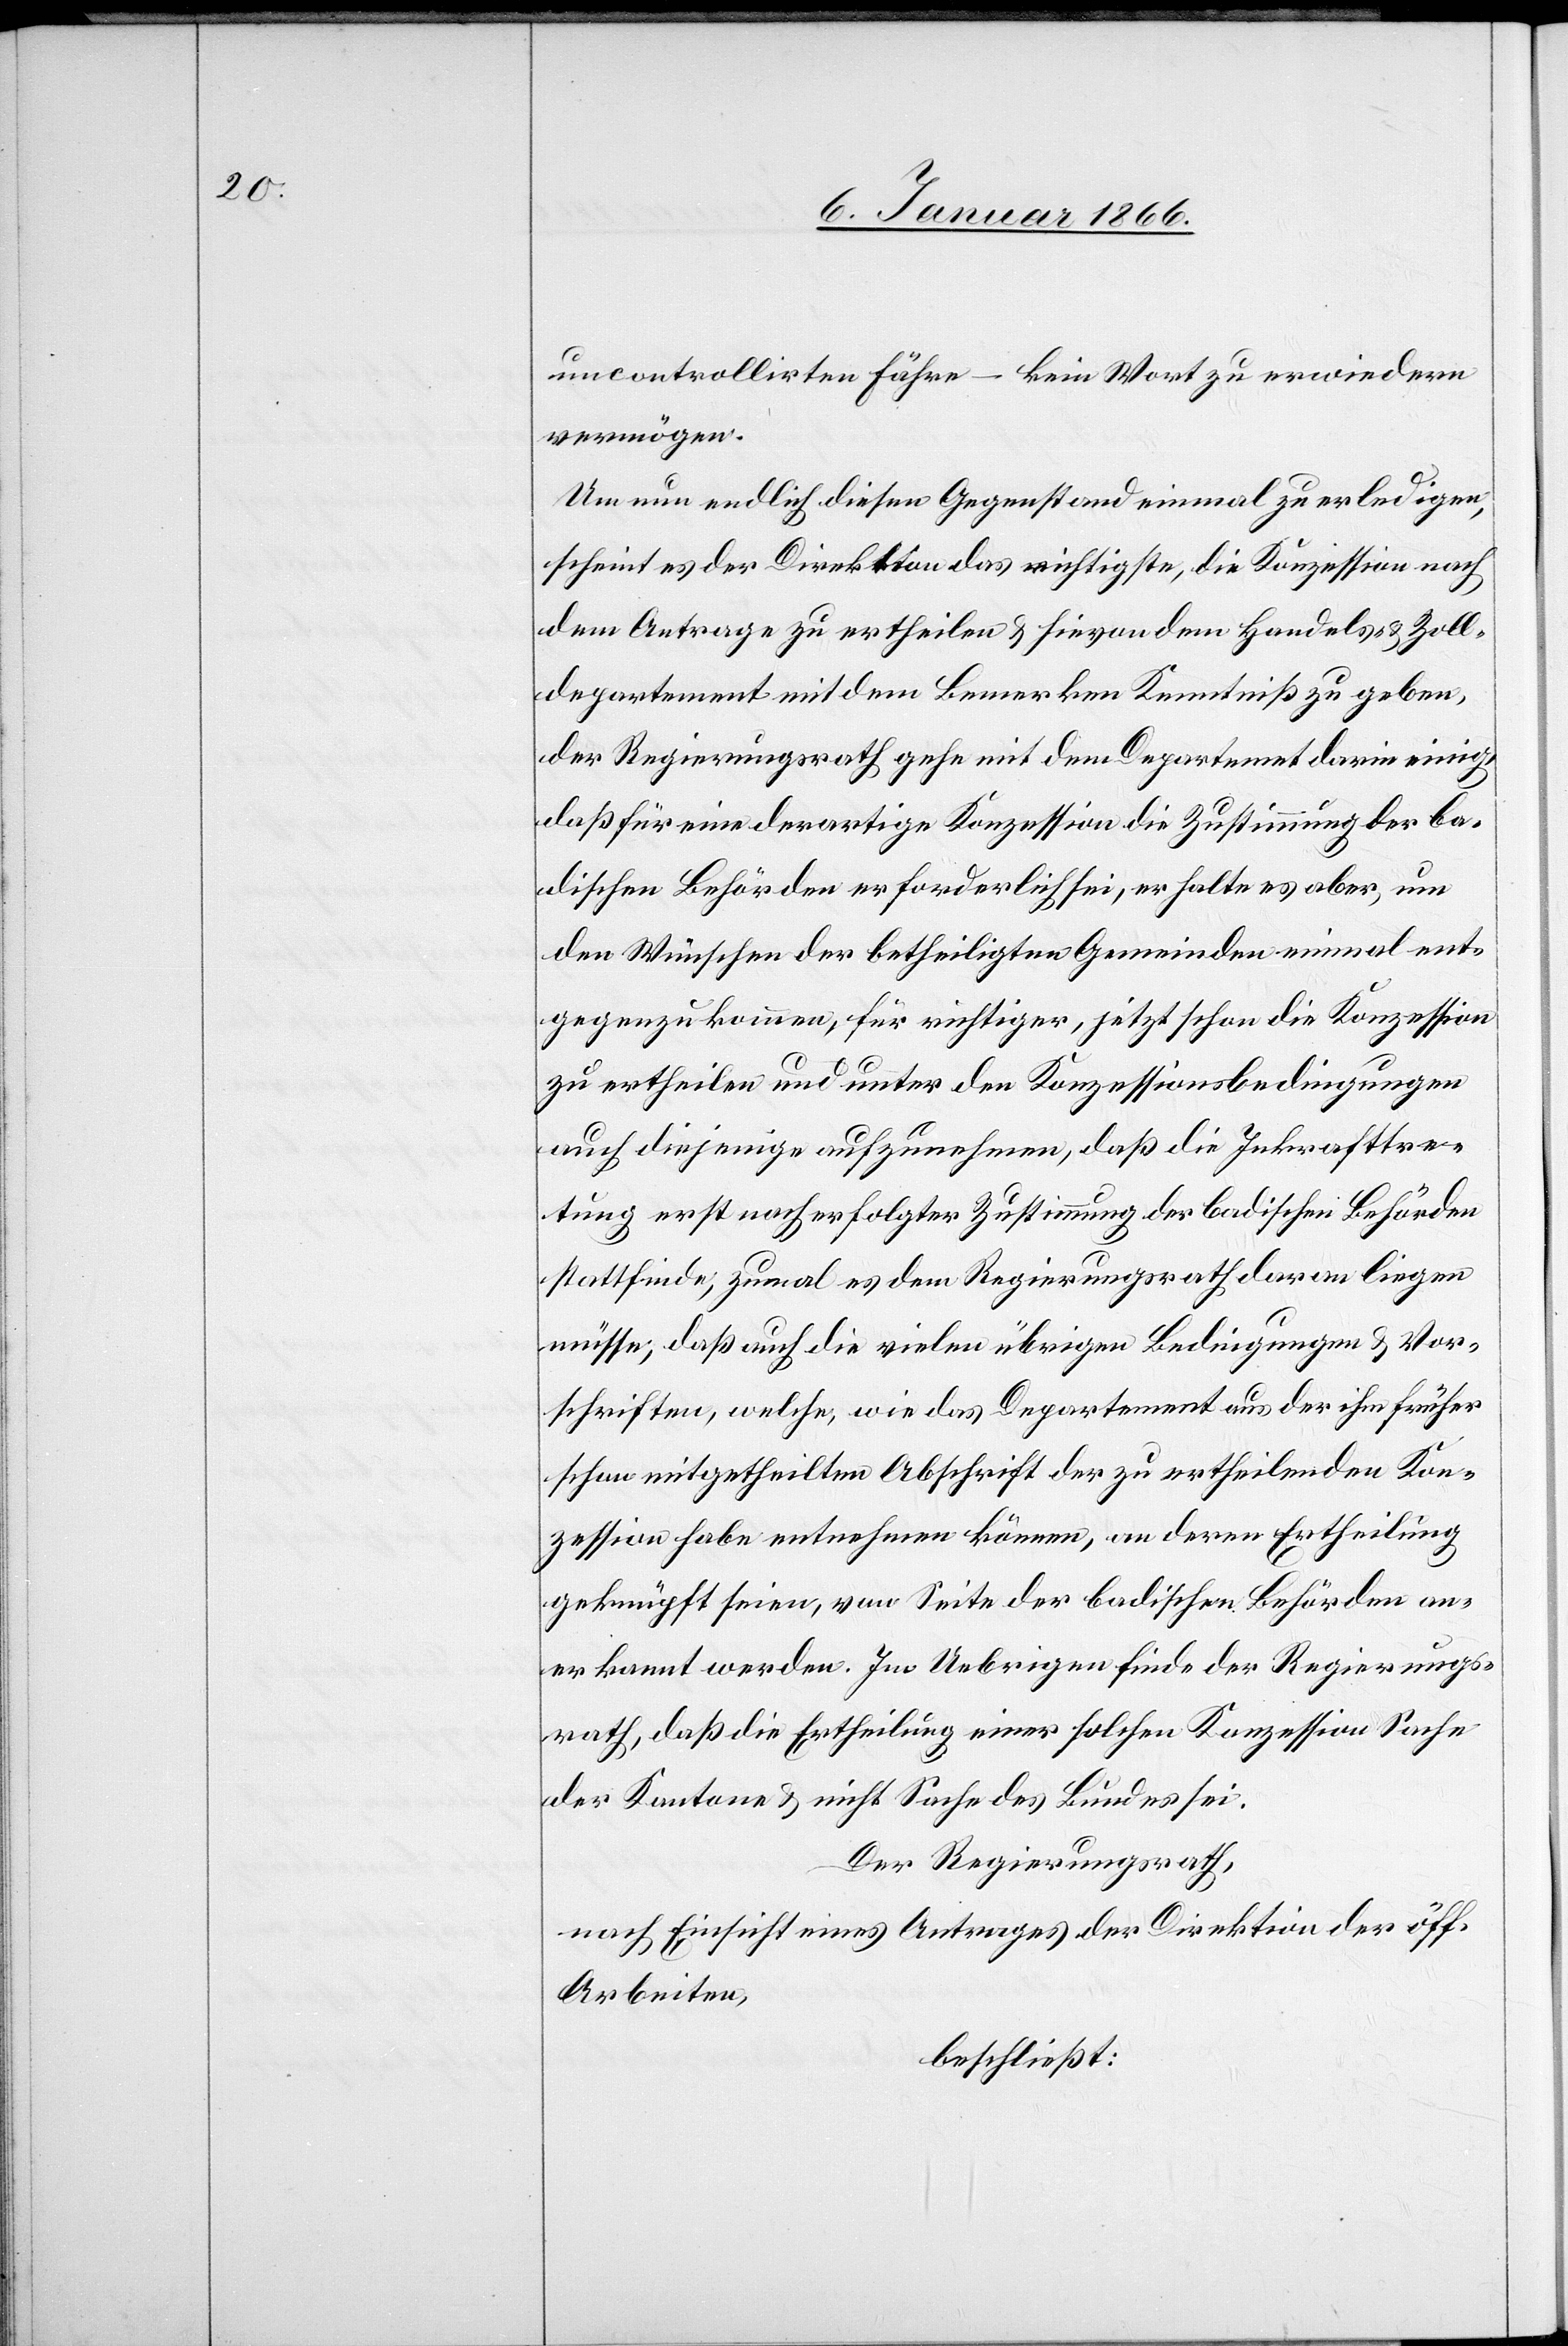
uncontrollirten Fähre – kein Wort zu erwiedern
vermögen.
Um nun endlich diesen Gegenstand einmal zu erledigen
scheint es der Direkt[i]on das wichtigste, die Konzession nach
dem Antrage zu ertheilen u. hievon dem Handels- & Zoll¬
departement mit dem Bemerken Kenntniß zu geben,
der Regierungsrath gehe mit dem Departement darin einig,
daß für eine derartige Konzession die Zustimmung der ba¬
dischen Behörden erforderlich sei, er halte es aber, um
den Wünschen der betheiligten Gemeinden einmal ent¬
gegen zu kommen, für richtiger, jetzt schon die Konzession
zu ertheilen und unter den Konzessionsbedingungen
auch diejenige aufzunehmen, daß die Inkrafttre¬
tung erst nach erfolgter Zustimmung der badischen Behörden
stattfinde; zumal es dem Regierungsrath daran liegen
müsse, daß auch die vielen übrigen Bedingungen u. Vor¬
schriften, welche, wie das Departement aus der ihm früher
schon mitgetheilten Abschrift der zu ertheilenden Kon¬
zession habe entnehmen können, an deren Ertheilung
geknüpft seien, von Seite der badischen Behörden an¬
erkannt werden. Im Uebrigen finde der Regierungs¬
rath, daß die Ertheilung einer solchen Konzession Sache
der Kantone u. nicht Sache des Bundes sei.
Der Regierungsrath,
nach Einsicht eines Antrages der Direktion der öff.
Arbeiten,
beschließt: